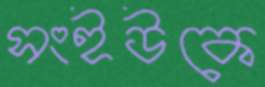
সংইউকে